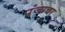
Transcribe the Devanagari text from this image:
पंजाचा